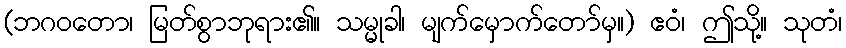
(ဘဂဝတော၊ မြတ်စွာဘုရား၏။ သမ္မုခါ၊ မျက်မှောက်တော်မှ။) ဧဝံ၊ ဤသို့။ သုတံ၊